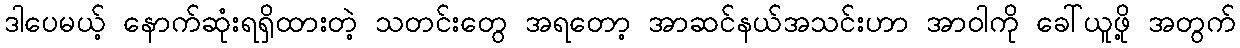
ဒါပေမယ့် နောက်ဆုံးရရှိထားတဲ့ သတင်းတွေ အရတော့ အာဆင်နယ်အသင်းဟာ အာဝါကို ခေါ်ယူဖို့ အတွက်